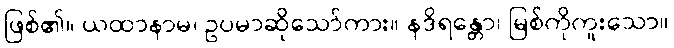
ဖြစ်၏။ ယထာနာမ၊ ဥပမာဆိုသော်ကား။ နဒိရန္တော၊ မြစ်ကိုကူးသော။